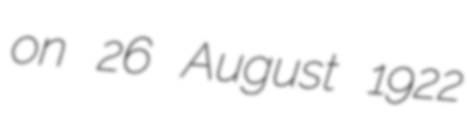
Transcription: on 26 August 1922